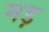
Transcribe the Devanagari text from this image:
मड़